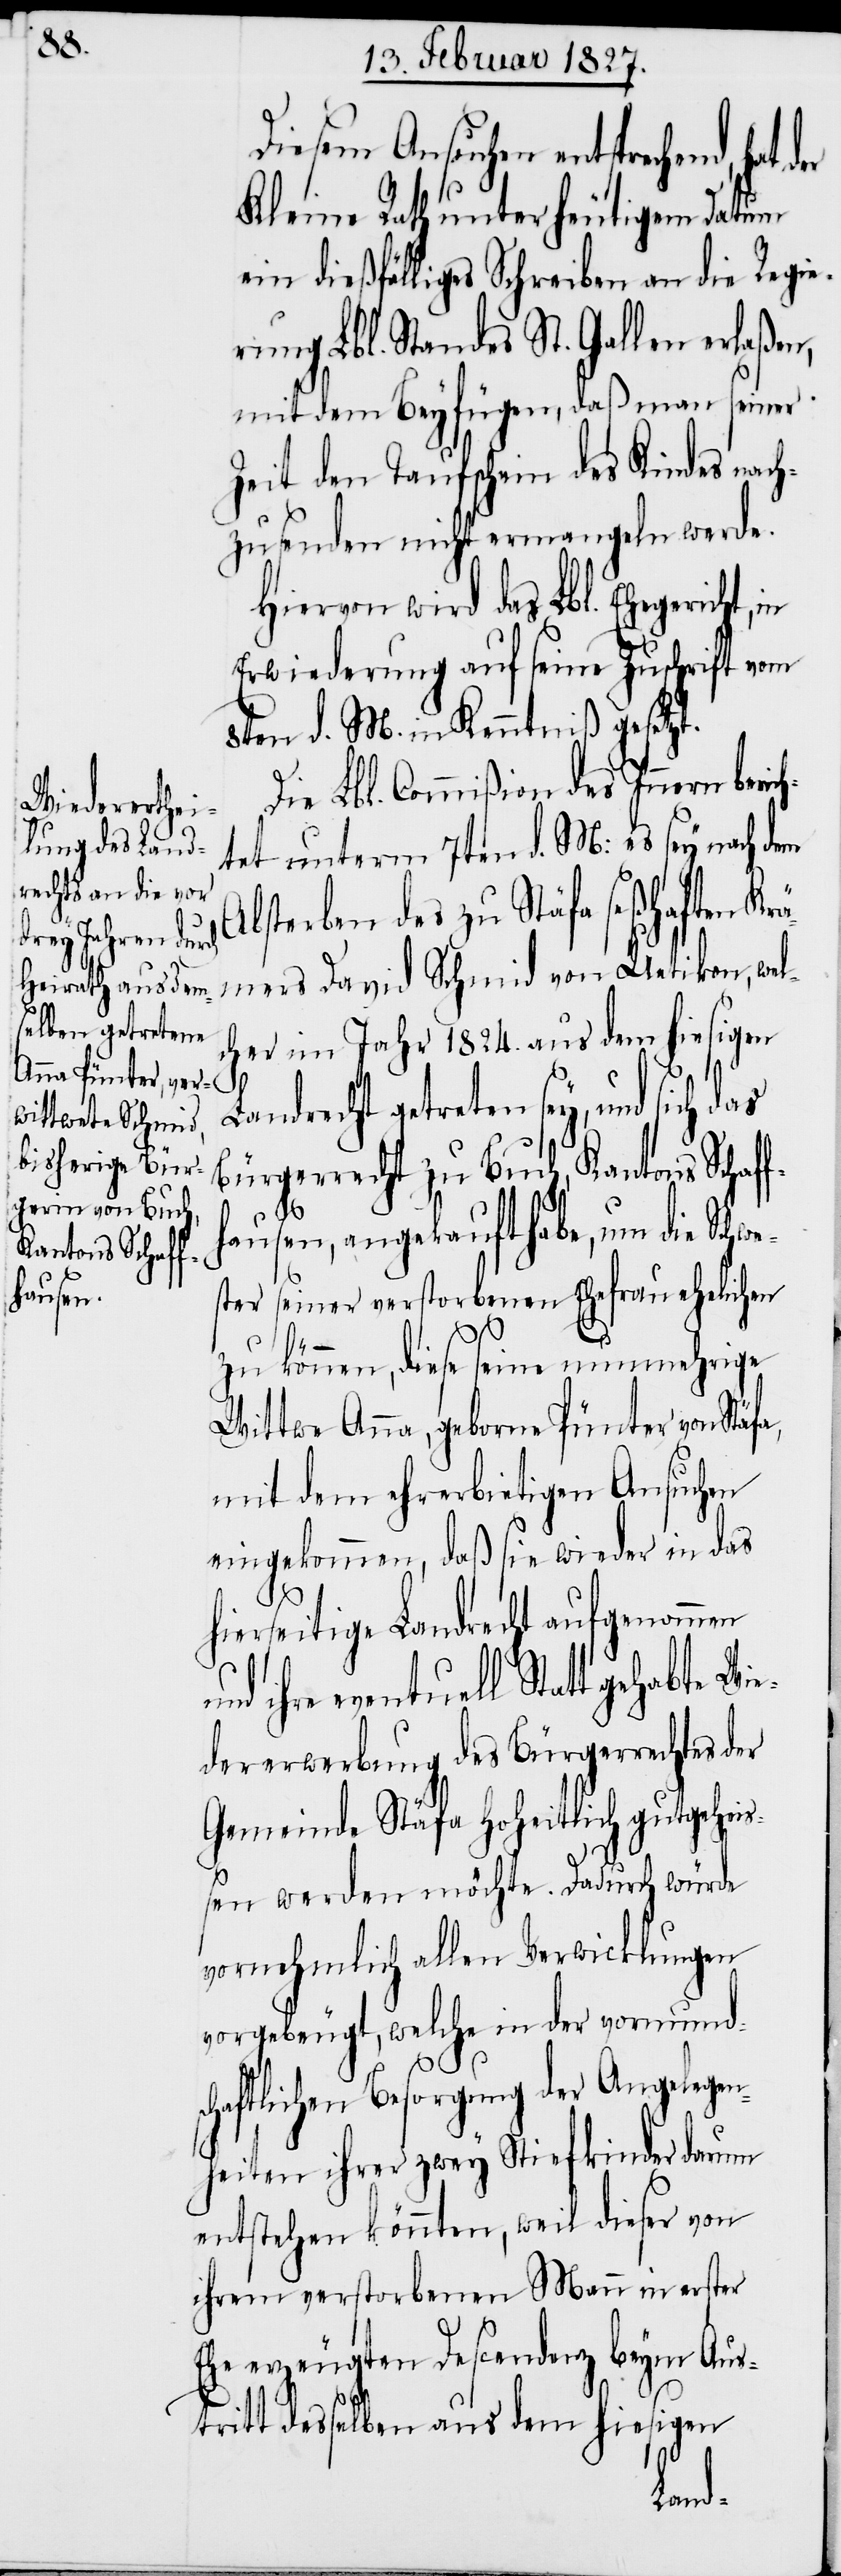
Diesem Ansuchen entsprechend,
Kleine Rath unter heutigem Datum
ein dießfälliges Schreiben an die Regie¬
rung Lbl. Standes St. Gallen erlaßen,
mit dem Beyfügen, daß man seiner
Zeit den Taufschein des Kindes nac¬
hzusenden nicht ermangeln werde.
Hiervon wird das Lbl. Ehegericht,
Erwiederung auf seine Zuschrift vom
8ten d. M. in Kenntniß gesetzt.
Die Lbl. Commißion des Innern beric¬
htet unterm 7ten d. M: es sey nach dem
bsterben des zu Stäfa seßhaften K¬
rämers David Schmid von Uetikon, welc¬
her im Jahr 1824. aus dem hiesigen
A¬
Landrecht getreten sey, und sich das
Bürgerrecht zu Buch, Kantons Schaf¬
ausen, angekauft habe, um die Schw¬
ter seiner verstorbenen Ehefrau ehelichen
a,
zu können, diese seine nunmehrige
Wittwe Anna, geborne Pünter von Stäf¬
mit dem ehrerbietigen Ansuchen
eingekommen, daß sie wieder in das
hierseitige Landrecht aufgenommen
ihre eventuell Statt gehabte Wi¬
edererwerbung des Bürgerrechtes der
Gemeinde Stäfa hoheitlich gutgehei¬
ßen werden möchte. Dadurch würde
vornehmlich allen Verwicklungen
vorgebeugt, welche in der vormunds¬
chaftlichen Besorgung der Angelegen¬
heiten ihrer zwey Stiefkinder darum
entstehen könnten, weil dieser von
ihrem verstorbenen Mann in erster
Ehe erzeugten Descendenz beym Aus¬
tritt desselben aus dem hiesigen
es¬